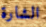
الشارة